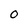
Character: 0